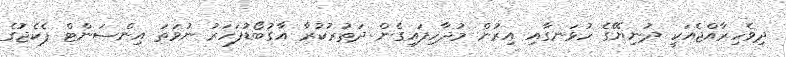
ދިވެހިރާއްޖެއަކީ ދުނިޔޭގެ ހުޅަނގާއި އިރުން މުދާހިފައިގެން ދަތުރުކުރާ އާގުބޯޑުފަހަރު ނުވަތަ އިންސަންޓް ޕެކެޖުގެ